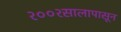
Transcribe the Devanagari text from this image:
२००२सालापासून